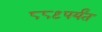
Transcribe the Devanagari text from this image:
८८९पर्यंत